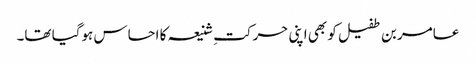
عامر بن طفیل کو بھی اپنی حرکتِ شنیعہ کا احساس ہوگیا تھا۔